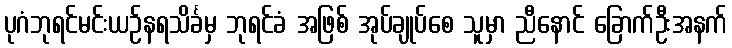
ပုဂံဘုရင်မင်းယဉ်နရသိင်္ခမှ ဘုရင်ခံ အဖြစ် အုပ်ချုပ်စေ သူမှာ ညီနောင် ခြောက်ဦးအနက်